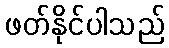
ဖတ်နိုင်ပါသည်